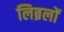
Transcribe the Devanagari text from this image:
लिब्रलों